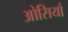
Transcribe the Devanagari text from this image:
ओसियाँ